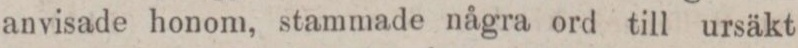
anvisade honom, stammade några ord till ursäkt